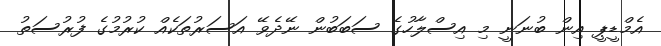
އެމްޑީޕީ އިން ބުނަނީ މި އިސްލާހުގެ ސަބަބުން ނޭދެވޭ އަސަރުތަކެއް ކުރުމުގެ ފުރުސަތު